Vaccination report Assam 1874-1896 - 1874-1896
Year: 1874
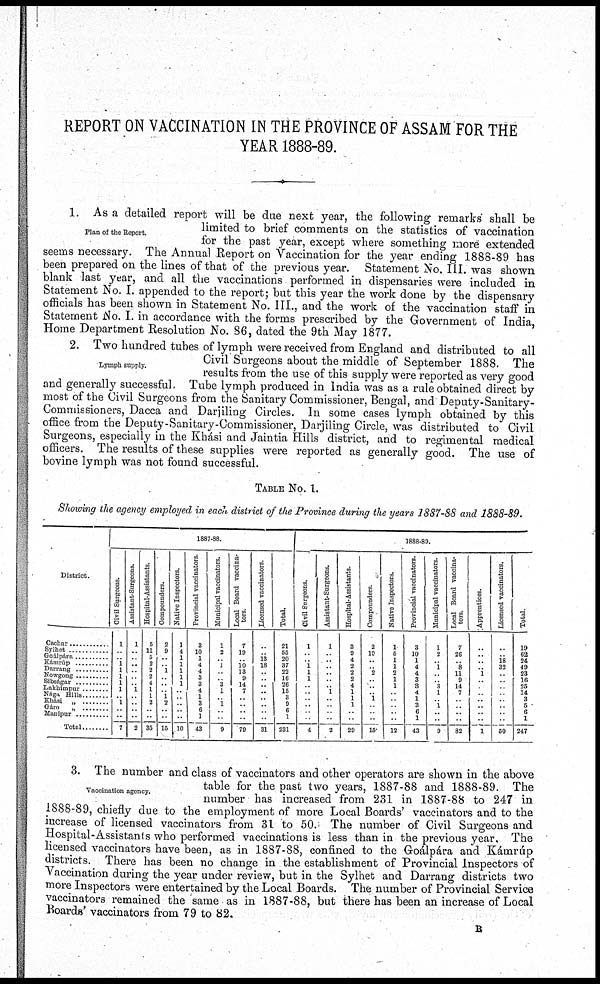
REPORT ON VACCINATION IN THE PROVINCE OF ASSAM FOR THE
YEAR 1888-89.
Plan of the Report.
1. As a detailed report will be due next year, the following remarks shall be
limited to brief comments on the statistics of vaccination
for the past year, except where something more extended
seems necessary. The Annual Report on Vaccination for the year ending 1888-89 has
been prepared on the lines of that of the previous year. Statement No. III. was shown
blank last year, and all the vaccinations performed in dispensaries were included in
Statement No. I. appended to the report; but this year the work done by the dispensary
officials has been shown in Statement No. III., and the work of the vaccination staff in
Statement No. I. in accordance with the forms prescribed by the Government of India,
Home Department Resolution No. 86, dated the 9th May 1877.
Lymph supply.
2. Two hundred tubes of lymph were received from England and distributed to all
Civil Surgeons about the middle of September 1888. The
results from the use of this supply were reported as very good
and generally successful. Tube lymph produced in India was as a rule obtained direct by
most of the Civil Surgeons from the Sanitary Commissioner, Bengal, and Deputy-Sanitary¬
Commissioners, Dacca and Darjiling Circles. In some cases lymph obtained by this
office from the Deputy-Sanitary-Commissioner, Darjiling Circle, was distributed to Civil
Surgeons, especially in the Khási and Jaintia Hills district, and to regimental medical
officers. The results of these supplies were reported as generally good. The use of
bovine lymph was not found successful.
TABLE No. 1.
Showing the agency employed in each district of the Province during the years 1887-88 and 1888-89.
District.
Cachar ...........
Sylhet
...........
Goálpára ...........
Kámrúp ...........
Darrang ..........
Nowgong ..........
Sibságar ...........
Lakhimpur ...........
Nága Hills
........
Khási „ ........
Gáro „ ........
Manipur
..........
Total ........
1887-88
Civil Surgeons.
1
..
.. 1
1
1
1
1
1 1
.. ..
7
Assistant-Surgeons.
1
..
.. ..
..
..
..
1
..
..
..
..
2
Hospital-Assistants.
5
11
5
2
2
2
4
1
1
2
..
..
35
Compounders.
2
9
..
.. 1
..
..
..
1
2
..
..
15
Native Inspectors.
1
4
1
1
1
1
1
..
..
..
..
..
10
Provincial vaccinators.
3
10
1
4
4
3
3
4
1
3
6
1
43
Municipal vaccinators.
1
2
.. 1
..
..
3
1
..
1
..
..
9
Local Board vaccina-
tors.
7
19
.. 10
13
9
14 7
..
..
..
79
Licensed vaccinators.
..
.. 13
18
..
..
..
..
..
..
..
..
31
Total.
21
55
20
37
22
16
26
15
3
9
6
1
231
1888-89.
Civil Surgeons.
1
..
.. 1
1
1
..
..
..
..
..
4
Assistant-Surgeons.
1
.. ..
.. ..
..
..
1
..
..
..
..
2
Hospital-Assistants.
3
9
4
2
2
2
4
1
1
1
..
..
29
Compounders.
2
10
..
.. 2
..
.. ..
1
..
..
..
15
Native Inspectors.
1
5
1
1
2
1
1
..
..
..
..
l2
Provincial vaccinators.
3
10
1
4
4
3
8
4
1
3
6
1
43
Municipal vaccinators.
1
2
.. 1
..
.. 3
1
..
1
..
..
9
Local Board vaccina-
tors.
7
26
.. 8
11
9
14
7
..
..
..
..
82
Apprentices.
..
..
..
.. 1
..
..
..
..
..
..
..
1
Licensed vaccinators.
..
..
18
32
..
..
..
.. ..
..
..
..
50
Total.
19
62
24
49
23
16
25
14
3
5
6
1
247
Vaccination agency.
3. The number and class of vaccinators and other operators are shown in the above
table for the past two years, 1887-88 and 1888-89. The
number has increased from 231 in 1887-88 to 247 in
1888-89, chiefly due to the employment of more Local Boards' vaccinators and to the
increase of licensed vaccinators from 31 to 50. The number of Civil Surgeons and
Hospital-Assistants who performed vaccinations is less than in the previous year. The
licensed vaccinators have been, as in 1887-88, confined to the Goálpára and Kámrúp
districts. There has been no change in the establishment of Provincial Inspectors of
Vaccination during the year under review, but in the Sylhet and Darrang districts two
more Inspectors were entertained by the Local Boards. The number of Provincial Service
vaccinators remained the same as in 1887-88, but there has been an increase of Local
Boards' vaccinators from 79 to 82.
B